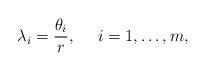
LaTeX: \begin{align*}\lambda_{i}=\frac{\theta_{i}}{r},~~~~i=1,\ldots,m,\end{align*}